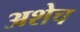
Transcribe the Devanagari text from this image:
अशेच